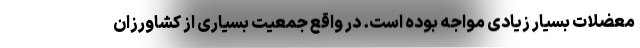
معضلات بسیار زیادی مواجه بوده است. در واقع جمعیت بسیاری از کشاورزان